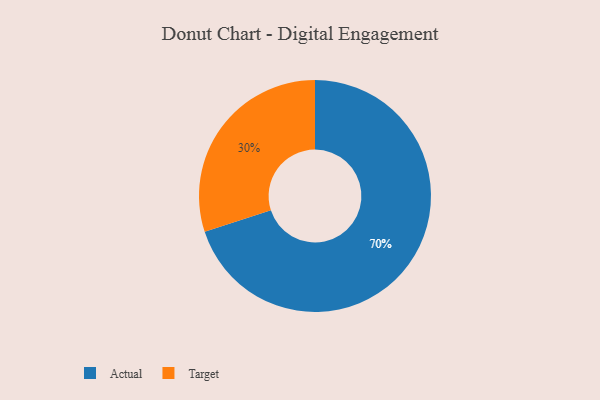
{"axis": {"x": "Category", "y": "Percentage"}, "legend": ["Actual", "Target"], "data": [{"x": "Target", "y": 30, "type": "Target"}, {"x": "Actual", "y": 70, "type": "Actual"}]}